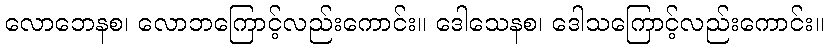
လောဘေနစ၊ လောဘကြောင့်လည်းကောင်း။ ဒေါသေနစ၊ ဒေါသကြောင့်လည်းကောင်း။